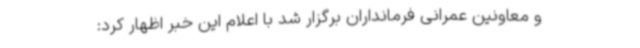
و معاونین عمرانی فرمانداران برگزار شد با اعلام این خبر اظهار کرد: